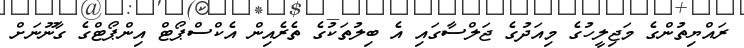
ރައްޔިތުންގެ މަޖިލީހުގެ މިއަދުގެ ޖަލްސާގައި އެ ބިލުތަކުގެ ތެރެއިން އެކްސްޕޯޓް އިންޕޯޓްގެ ގާނޫނަށް